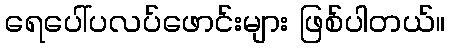
ရေပေါ်ပလပ်ဖောင်းများ ဖြစ်ပါတယ်။